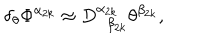
\delta _ { \theta } \Phi ^ { \alpha _ { 2 k } } \approx D _ { \; \; \beta _ { 2 k } } ^ { \alpha _ { 2 k } } \theta ^ { \beta _ { 2 k } } ,